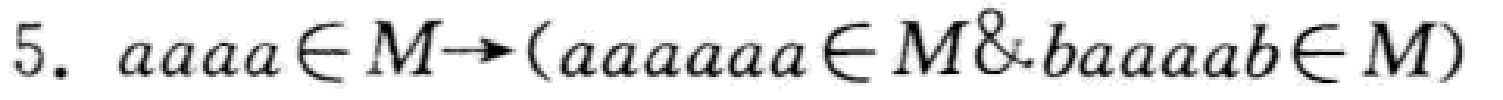
5. \(aaaa\in M\rightarrow(aaaaaaa\in M\& baaaaab\in M)\)